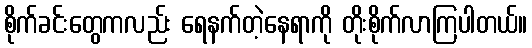
စိုက်ခင်းတွေကလည်း ရေနက်တဲ့နေရာကို တိုးစိုက်လာကြပါတယ်။